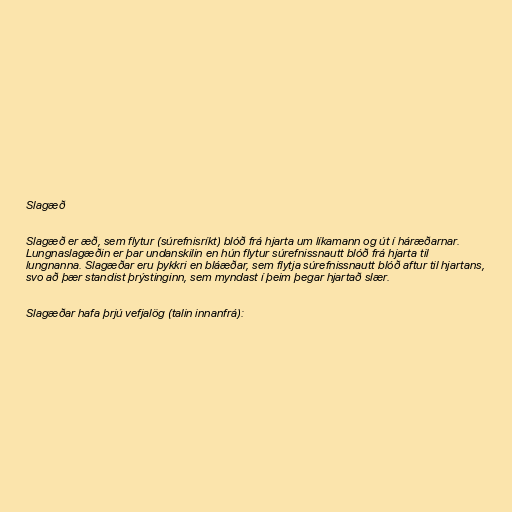
Slagæð

Slagæð er æð, sem flytur (súrefnisríkt) blóð frá hjarta um líkamann og út í háræðarnar.
Lungnaslagæðin er þar undanskilin en hún flytur súrefnissnautt blóð frá hjarta til
lungnanna. Slagæðar eru þykkri en bláæðar, sem flytja súrefnissnautt blóð aftur til hjartans,
svo að þær standist þrýstinginn, sem myndast í þeim þegar hjartað slær.

Slagæðar hafa þrjú vefjalög (talin innanfrá):